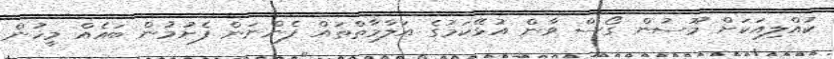
ކުއްލިއަކަށް މޫސުން ގޯސް ވާން އުޅޭކަމުގެ އަލާމާތްތައް ފެންނަން ފެށުމުން ބައެއް މީހުން